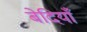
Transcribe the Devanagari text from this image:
बेदियाँ